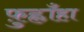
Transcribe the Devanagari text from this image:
फ़ुह्लाँहा